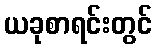
ယခုစာရင်းတွင်